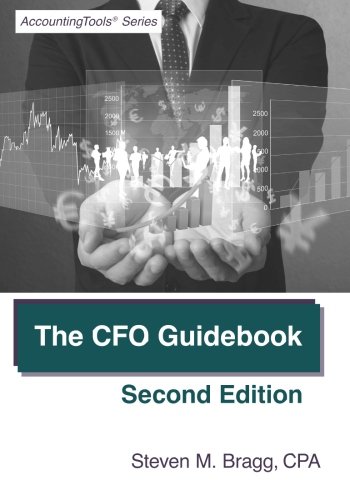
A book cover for The CFO Guidebook: Second Edition; Steven M. Bragg; Business & Money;